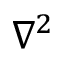
\nabla ^ { 2 }